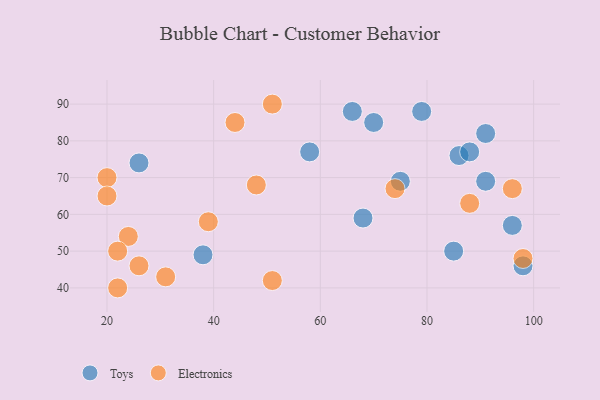
{"axis": {"x": "GDP", "y": "Life Expectancy"}, "legend": ["Electronics", "Toys"], "data": [{"x": "96", "y": 57, "type": "Toys"}, {"x": "66", "y": 88, "type": "Toys"}, {"x": "91", "y": 69, "type": "Toys"}, {"x": "75", "y": 69, "type": "Toys"}, {"x": "86", "y": 76, "type": "Toys"}, {"x": "85", "y": 50, "type": "Toys"}, {"x": "26", "y": 74, "type": "Toys"}, {"x": "70", "y": 85, "type": "Toys"}, {"x": "68", "y": 59, "type": "Toys"}, {"x": "79", "y": 88, "type": "Toys"}, {"x": "58", "y": 77, "type": "Toys"}, {"x": "38", "y": 49, "type": "Toys"}, {"x": "91", "y": 82, "type": "Toys"}, {"x": "88", "y": 77, "type": "Toys"}, {"x": "98", "y": 46, "type": "Toys"}, {"x": "20", "y": 70, "type": "Electronics"}, {"x": "96", "y": 67, "type": "Electronics"}, {"x": "20", "y": 65, "type": "Electronics"}, {"x": "26", "y": 46, "type": "Electronics"}, {"x": "44", "y": 85, "type": "Electronics"}, {"x": "22", "y": 40, "type": "Electronics"}, {"x": "88", "y": 63, "type": "Electronics"}, {"x": "98", "y": 48, "type": "Electronics"}, {"x": "31", "y": 43, "type": "Electronics"}, {"x": "48", "y": 68, "type": "Electronics"}, {"x": "39", "y": 58, "type": "Electronics"}, {"x": "51", "y": 90, "type": "Electronics"}, {"x": "74", "y": 67, "type": "Electronics"}, {"x": "24", "y": 54, "type": "Electronics"}, {"x": "22", "y": 50, "type": "Electronics"}, {"x": "51", "y": 42, "type": "Electronics"}]}